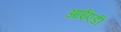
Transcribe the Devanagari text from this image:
आईएडी